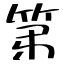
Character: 第